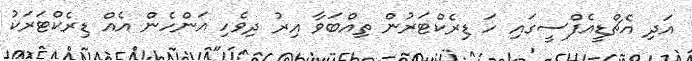
އަދި އެޗްޑީއެފްސީގައި ހަ ޑިރެކްޓަރުން ތިއްބަވާ އިރު ދިވެހި އަންހެން އެއް ޑިރެކްޓަރަކު